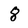
Character: 8